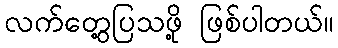
လက်တွေ့ပြသဖို့ ဖြစ်ပါတယ်။